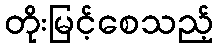
တိုးမြင့်စေသည့်